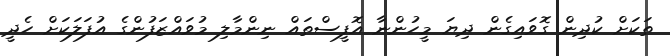
ތަކަށް ކުދިން ގޮވައިގެން ދިޔަ މީހުންނާ އޮފީސްތައް ނިންމާލި މުވައްޒަފުންގެ އުފަލަކަށް ހެދީ